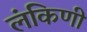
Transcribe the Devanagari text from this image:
लंकिणी